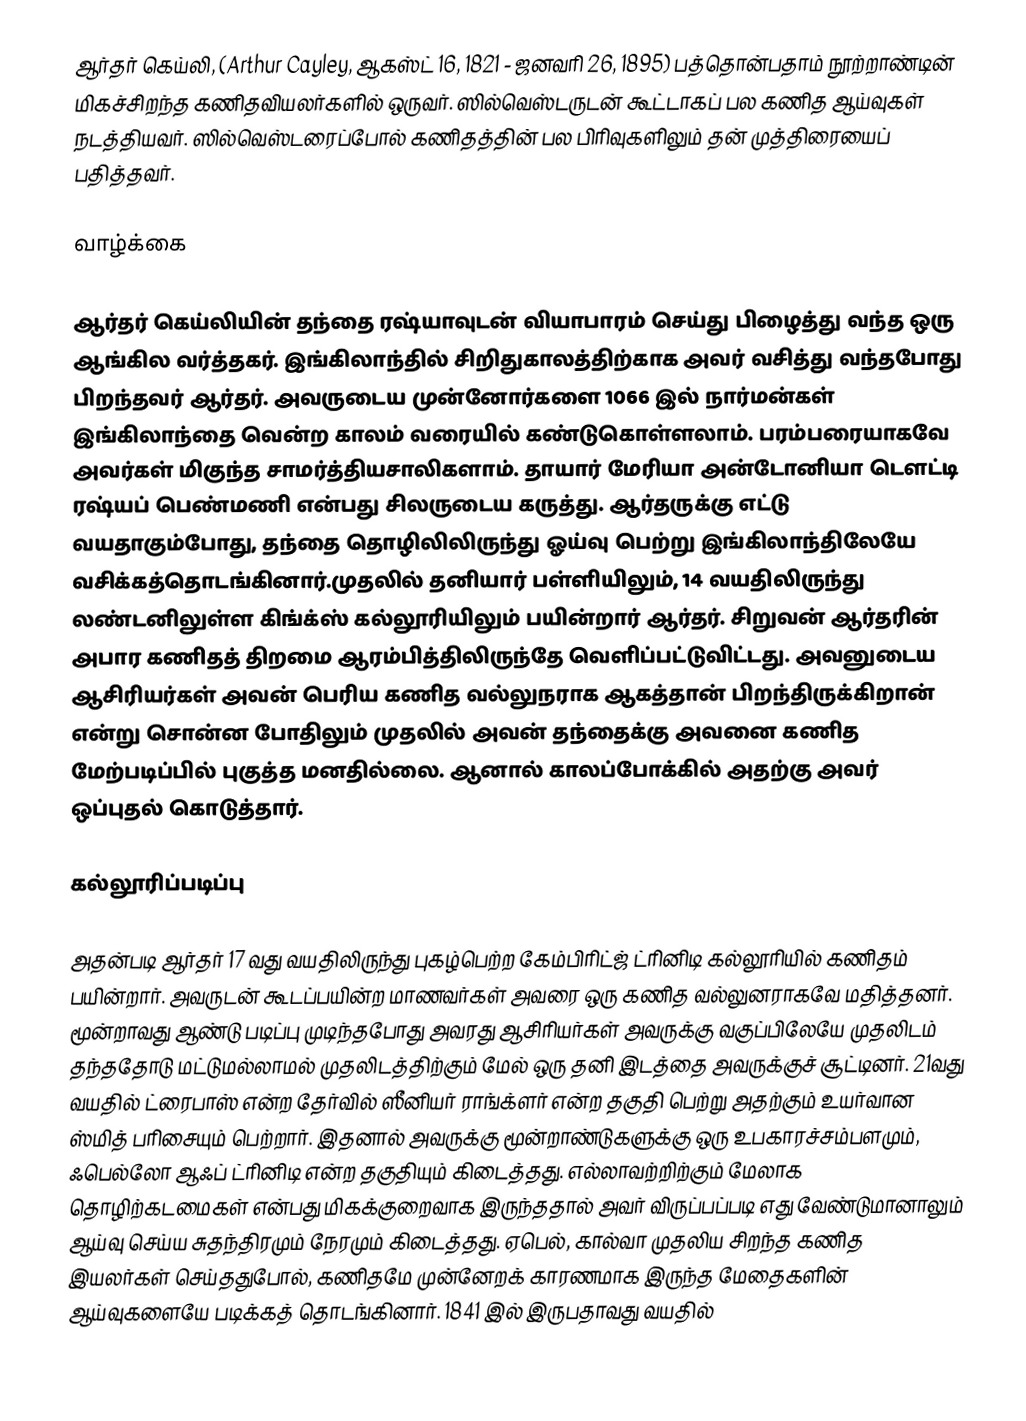
ஆர்தர் கெய்லி, (Arthur Cayley, ஆகஸ்ட் 16, 1821 - ஜனவரி 26, 1895) பத்தொன்பதாம் நூற்றாண்டின் மிகச்சிறந்த கணிதவியலர்களில் ஒருவர். ஸில்வெஸ்டருடன் கூட்டாகப் பல கணித ஆய்வுகள் நடத்தியவர். ஸில்வெஸ்டரைப்போல் கணிதத்தின் பல பிரிவுகளிலும் தன் முத்திரையைப் பதித்தவர்.

வாழ்க்கை

ஆர்தர் கெய்லியின் தந்தை ரஷ்யாவுடன் வியாபாரம் செய்து பிழைத்து வந்த ஒரு ஆங்கில வர்த்தகர். இங்கிலாந்தில் சிறிதுகாலத்திற்காக அவர் வசித்து வந்தபோது பிறந்தவர் ஆர்தர். அவருடைய முன்னோர்களை 1066 இல் நார்மன்கள் இங்கிலாந்தை  வென்ற காலம் வரையில் கண்டுகொள்ளலாம். பரம்பரையாகவே அவர்கள் மிகுந்த சாமர்த்தியசாலிகளாம்.  தாயார் மேரியா அன்டோனியா டௌட்டி  ரஷ்யப் பெண்மணி என்பது சிலருடைய கருத்து. ஆர்தருக்கு எட்டு வயதாகும்போது, தந்தை தொழிலிலிருந்து ஓய்வு பெற்று இங்கிலாந்திலேயே வசிக்கத்தொடங்கினார்.முதலில் தனியார் பள்ளியிலும், 14 வயதிலிருந்து லண்டனிலுள்ள கிங்க்ஸ் கல்லூரியிலும் பயின்றார் ஆர்தர். சிறுவன் ஆர்தரின் அபார கணிதத் திறமை ஆரம்பித்திலிருந்தே வெளிப்பட்டுவிட்டது. அவனுடைய ஆசிரியர்கள் அவன் பெரிய கணித வல்லுநராக ஆகத்தான் பிறந்திருக்கிறான் என்று சொன்ன போதிலும் முதலில் அவன் தந்தைக்கு அவனை கணித மேற்படிப்பில் புகுத்த மனதில்லை. ஆனால் காலப்போக்கில் அதற்கு அவர் ஒப்புதல் கொடுத்தார்.

கல்லூரிப்படிப்பு

அதன்படி ஆர்தர் 17 வது வயதிலிருந்து புகழ்பெற்ற கேம்பிரிட்ஜ்  ட்ரினிடி கல்லூரியில் கணிதம் பயின்றார். அவருடன் கூடப்பயின்ற மாணவர்கள் அவரை ஒரு கணித வல்லுனராகவே மதித்தனர். மூன்றாவது ஆண்டு படிப்பு முடிந்தபோது அவரது ஆசிரியர்கள் அவருக்கு வகுப்பிலேயே முதலிடம் தந்ததோடு மட்டுமல்லாமல் முதலிடத்திற்கும் மேல் ஒரு தனி இடத்தை அவருக்குச் சூட்டினர். 21வது வயதில் ட்ரைபாஸ் என்ற தேர்வில் ஸீனியர் ராங்க்ளர் என்ற தகுதி பெற்று அதற்கும் உயர்வான ஸ்மித் பரிசையும் பெற்றார். இதனால் அவருக்கு மூன்றாண்டுகளுக்கு ஒரு உபகாரச்சம்பளமும், ஃபெல்லோ ஆஃப் ட்ரினிடி என்ற தகுதியும் கிடைத்தது. எல்லாவற்றிற்கும் மேலாக தொழிற்கடமைகள் என்பது மிகக்குறைவாக இருந்ததால் அவர் விருப்பப்படி எது வேண்டுமானாலும் ஆய்வு செய்ய சுதந்திரமும் நேரமும் கிடைத்தது. ஏபெல், கால்வா முதலிய சிறந்த கணித இயலர்கள் செய்ததுபோல், கணிதமே முன்னேறக் காரணமாக இருந்த மேதைகளின் ஆய்வுகளையே படிக்கத் தொடங்கினார். 1841 இல்  இருபதாவது வயதில்